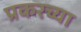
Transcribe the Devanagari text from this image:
प्रकरच्या